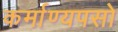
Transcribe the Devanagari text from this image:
कर्माण्यपसो